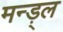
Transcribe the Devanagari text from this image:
मन्ड़्ल